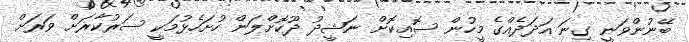
ބޭނުންވަނީ ގިނަ އަދަދެއްގެ މީހުން ސޮއިކޮށް ނަޝީދު ދޫކޮށްލަން ހުށަހެޅުމަކީ ސަރުކާރަށް ވަރަށް